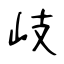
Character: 岐